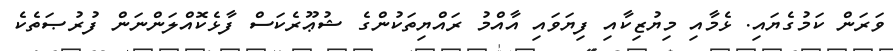
ވަރަން ކަމުގެޔައި. ޅެމާއި މިޔުޒިކާއި ފިޔަވައި އާއްމު ރައްޔިތަކުންގެ ޝުޢޫރެކަސް ފާޅެކޮއްލަންނަން ފުރުޞަތެކެ